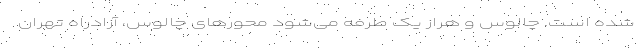
شده است. چالوس و هراز یک طرفه می‌شود محورهای چالوس، آزادراه تهران